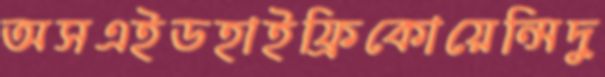
অসএইডহাইফ্রিকোয়েন্সিদু